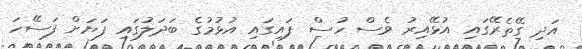
އަދި ގޭތެރޭގައި އުޅޭއިރު ވެސް ހުސް ފައިގައި އުޅުމުގެ ބަދަލުގައި ފަޔަށް ފަސޭހަ